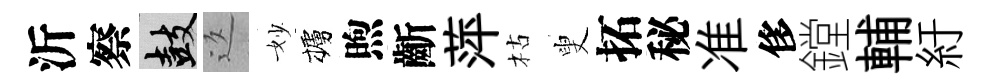
沂察鼓返妙櫨煦齗萍枯叟拓秘准侈鏜輔紆